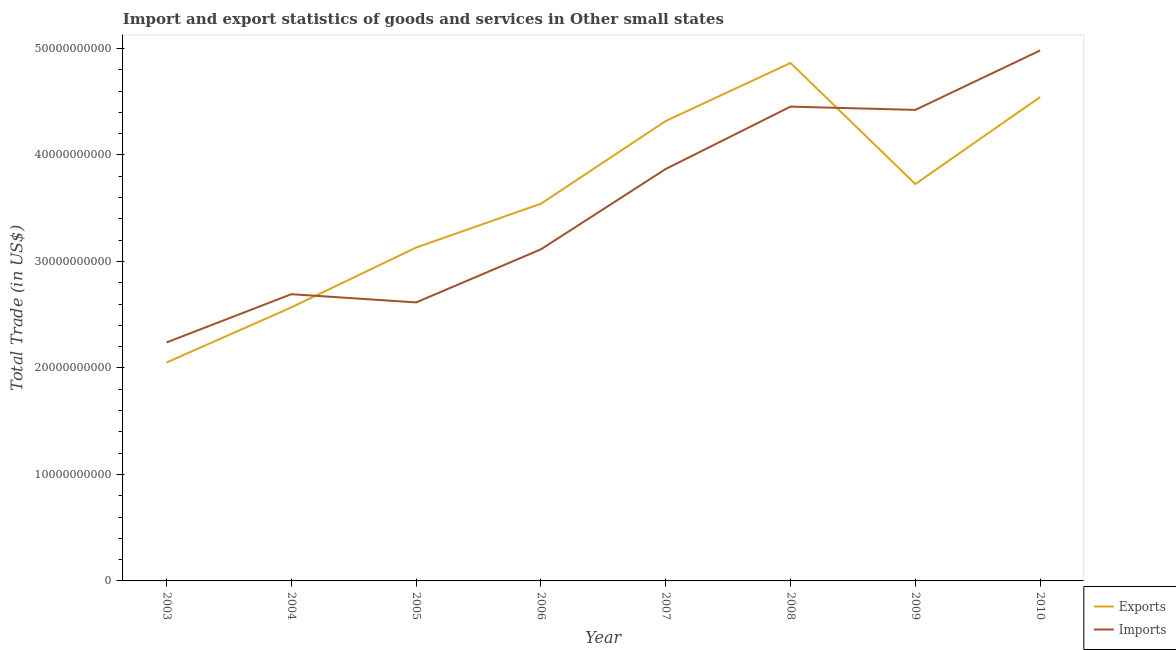
| Year | Exports | Imports |
 | --- | --- | --- |
 | 2003 | 2.05e+10 | 2.24e+10 |
 | 2004 | 2.57e+10 | 2.69e+10 |
 | 2005 | 3.13e+10 | 2.62e+10 |
 | 2006 | 3.54e+10 | 3.11e+10 |
 | 2007 | 4.32e+10 | 3.87e+10 |
 | 2008 | 4.86e+10 | 4.45e+10 |
 | 2009 | 3.73e+10 | 4.42e+10 |
 | 2010 | 4.54e+10 | 4.98e+10 |